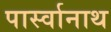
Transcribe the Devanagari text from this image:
पार्स्‍वानाथ